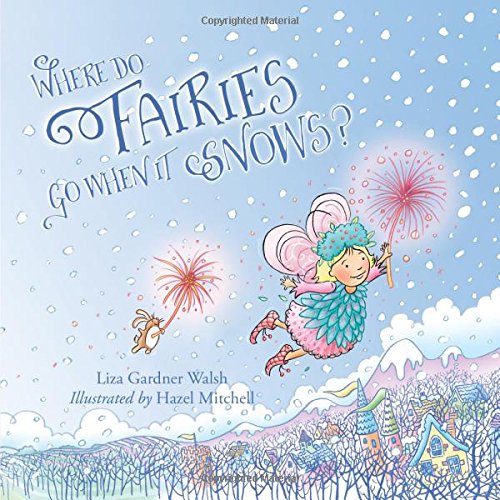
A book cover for Where Do Fairies Go When It Snows; Liza Gardner Walsh; Children's Books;